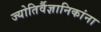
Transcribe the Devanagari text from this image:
ज्योतिर्वैज्ञानिकांना